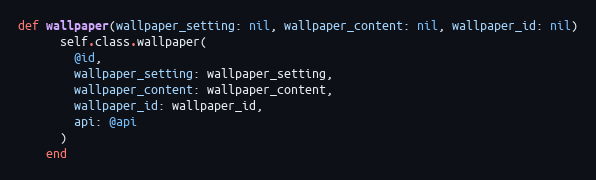
Language: Ruby
def wallpaper(wallpaper_setting: nil, wallpaper_content: nil, wallpaper_id: nil)
      self.class.wallpaper(
        @id,
        wallpaper_setting: wallpaper_setting,
        wallpaper_content: wallpaper_content,
        wallpaper_id: wallpaper_id,
        api: @api
      )
    end